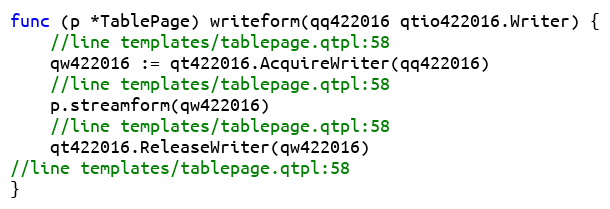
Language: Go
func (p *TablePage) writeform(qq422016 qtio422016.Writer) {
	//line templates/tablepage.qtpl:58
	qw422016 := qt422016.AcquireWriter(qq422016)
	//line templates/tablepage.qtpl:58
	p.streamform(qw422016)
	//line templates/tablepage.qtpl:58
	qt422016.ReleaseWriter(qw422016)
//line templates/tablepage.qtpl:58
}